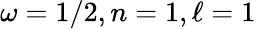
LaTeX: \omega=1/2,n=1,\ell=1